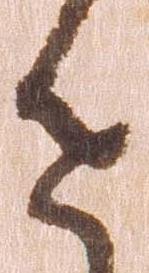
を